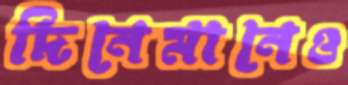
দিনেমানেও